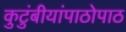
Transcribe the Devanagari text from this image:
कुटुंबीयांपाठोपाठ